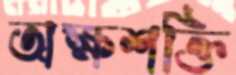
অক্ষশক্তি